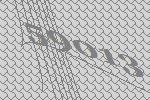
59013